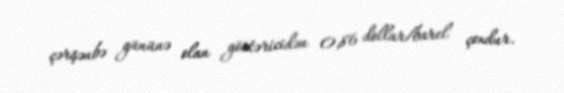
çərşənbə gününə olan göstəricidən 0,86 dollar/barel çoxdur.